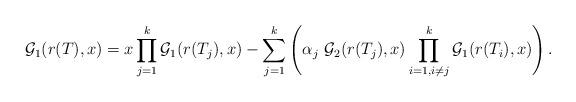
LaTeX: \begin{align*} \mathcal{G}_1(r(T), x) &= x \displaystyle\prod_{j=1}^{k} \mathcal{G}_1(r(T_j), x) - \displaystyle\sum_{j=1}^{k} \left( \alpha_j \ \mathcal{G}_2(r(T_j), x) \displaystyle\prod_{i = 1, i \neq j}^{k} \mathcal{G}_1(r(T_i), x) \right) .\end{align*}